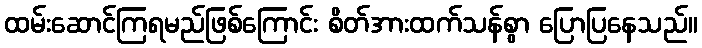
ထမ်းဆောင်ကြရမည်ဖြစ်ကြောင်း စိတ်အားထက်သန်စွာ ပြောပြနေသည်။